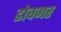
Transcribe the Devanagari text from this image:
डोवगर